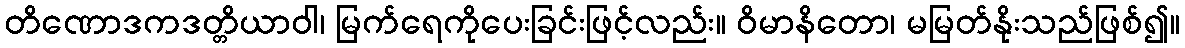
တိဏောဒကဒတ္တိယာဝါ၊ မြက်ရေကိုပေးခြင်းဖြင့်လည်း။ ဝိမာနိတော၊ မမြတ်နိုးသည်ဖြစ်၍။